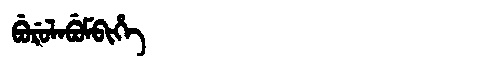
Manchu: ᠪᡠᡵᡠᠯᠠᠪᡠᠮᠪᡳᡥᡝ
Romanization: BURULABUMBIHE